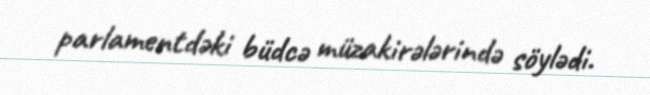
parlamentdəki büdcə müzakirələrində söylədi.